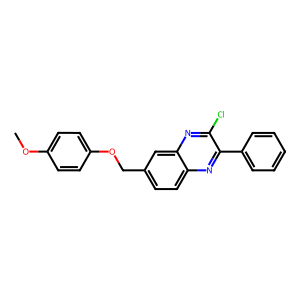
SMILES: COc1ccc(OCc2ccc3nc(-c4ccccc4)c(Cl)nc3c2)cc1
Inhibits HIV replication: No